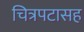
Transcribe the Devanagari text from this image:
चित्रपटासह